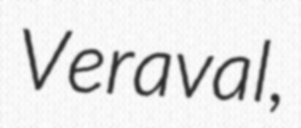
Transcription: Veraval,